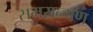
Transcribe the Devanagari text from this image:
समरान्गण